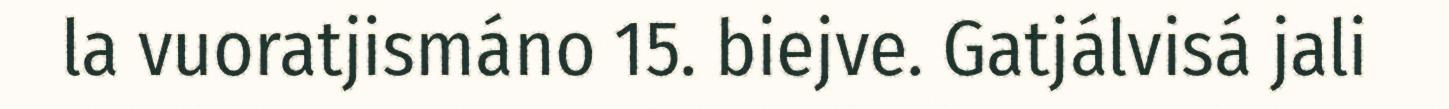
la vuoratjismáno 15. biejve. Gatjálvisá jali